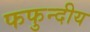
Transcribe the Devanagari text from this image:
फफुन्दीय